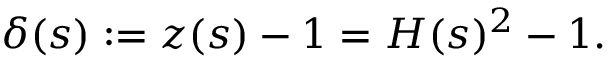
\begin{array} { r } { \delta ( s ) : = z ( s ) - 1 = H ( s ) ^ { 2 } - 1 . } \end{array}